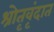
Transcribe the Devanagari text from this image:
श्रोतृवृंदात